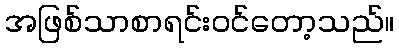
အဖြစ်သာစာရင်းဝင်တော့သည်။